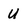
Character: U